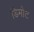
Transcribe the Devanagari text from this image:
डिमोट